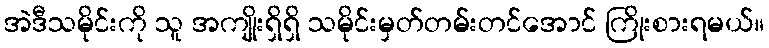
အဲဒီသမိုင်းကို သူ အကျိုးရှိရှိ သမိုင်းမှတ်တမ်းတင်အောင် ကြိုးစားရမယ်။